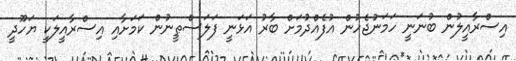
އިސްރާއީލުން ބުނަނީ ހަމަނުޖެހުން އުފެއްދުމަށް ބާރު އަޅަނީ ފަލަސްޠީނުން ކަމަށާއި އިސްރާއީލަކީ ޔަހޫދީ